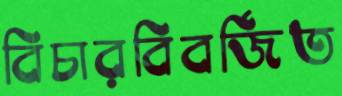
বিচারবিবর্জিত